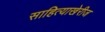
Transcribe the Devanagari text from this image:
साहित्याखेरीज